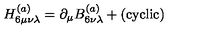
H _ { 6 \mu \nu \lambda } ^ { ( a ) } = \partial _ { \mu } B _ { 6 \nu \lambda } ^ { ( a ) } + ( \mathrm { c y c l i c } )